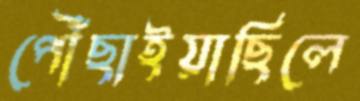
পৌঁছাইয়াছিলে